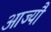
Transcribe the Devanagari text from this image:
आज्यौ